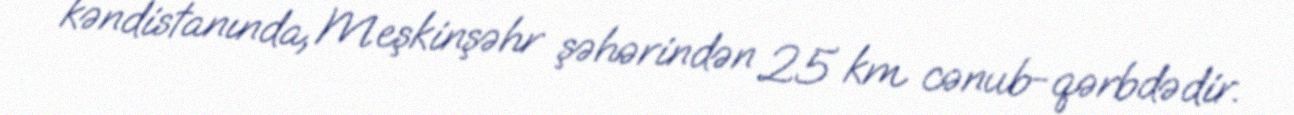
kəndistanında, Meşkinşəhr şəhərindən 25 km cənub-qərbdədir.